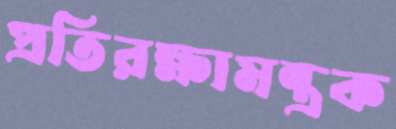
প্রতিরক্ষামন্ত্রক